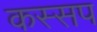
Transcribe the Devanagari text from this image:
कस्सप